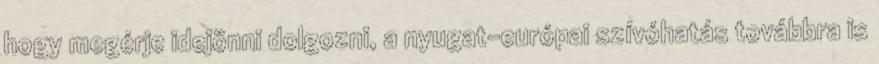
hogy megérje idejönni dolgozni, a nyugat-európai szívóhatás továbbra is